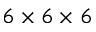
6 \times 6 \times 6